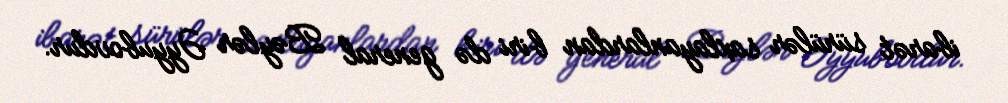
ibarət sürülər saxlayanlardan biri də general Bəylər Əyyubovdur.